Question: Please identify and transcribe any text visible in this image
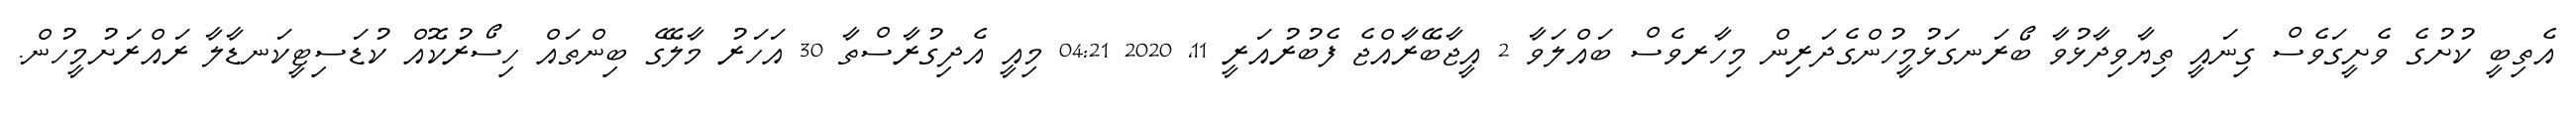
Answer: އެތިބީ ކުށުގެ ވެށީގަވެސް ގިނައީ ތިޔާވިދާޅުވާ ބޯރަނގަޅުމީހުންގެދަރިން މިހާރވެސް ބައްލަވާ 2 އީޖާބޭރާއްޖެ ފެބުރުއަރީ 11, 2020 04:21 މިއީ އެދިގުރާސްތާ 30 އަހަރު މާލޭގެ ބިންތައް ހިސޯރުކޮއް ކުޑަސިޓީކަނޑާލާ ރައްރަށުމީހުން.